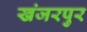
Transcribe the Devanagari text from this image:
खंजरपुर